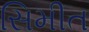
સિમીત